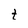
Character: t